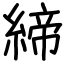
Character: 締